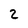
Character: 2